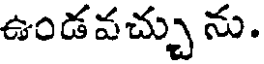
ఉండవచ్చు ను.